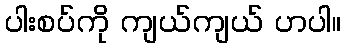
ပါးစပ်ကို ကျယ်ကျယ် ဟပါ။